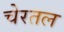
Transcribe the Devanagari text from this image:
चेरतल